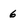
Character: 6